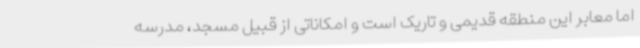
اما معابر این منطقه قدیمی و تاریک است و امکاناتی از قبیل مسجد، مدرسه